Indian Civil Veterinary Department memoirs
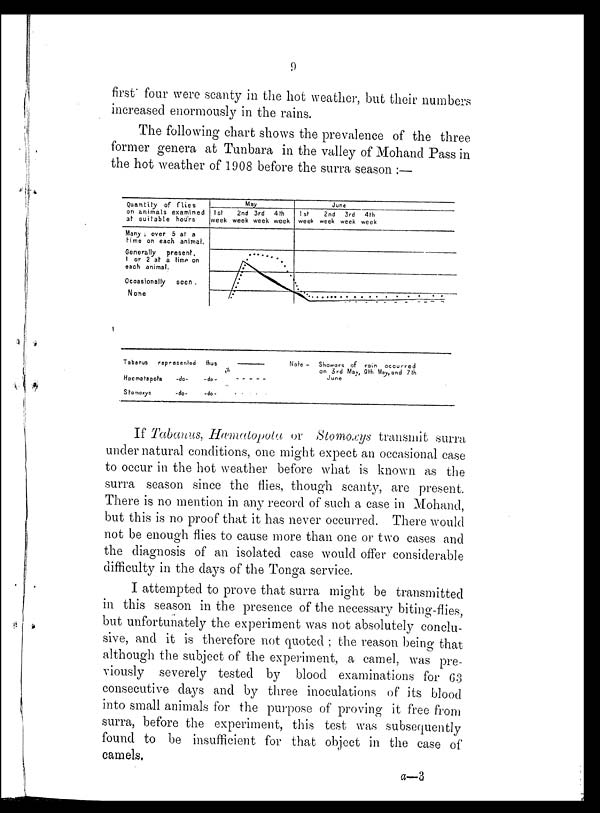
9
first four were scanty in the hot weather, but their numbers
increased enormously in the rains.
The following chart shows the prevalence of the three
former genera at Tunbara in the valley of Mohand Pass in
the hot weather of 1908 before the surra season :—
If Tabanus, Hæmatopota or Stomoxys transmit surra
under natural conditions, one might expect an occasional case
to occur in the hot weather before what is known as the
surra season since the flies, though scanty, are present.
There is no mention in any record of such a case in Mohand,
but this is no proof that it has never occurred. There would
not be enough flies to cause more than one or two cases and
the diagnosis of an isolated case would offer considerable
difficulty in the days of the Tonga service.
I attempted to prove that surra might be transmitted
in this season in the presence of the necessary biting-flies,
but unfortunately the experiment was not absolutely conclu-
sive, and it is therefore not quoted ; the reason being that
although the subject of the experiment, a camel, was pre-
viously severely tested by blood examinations for 63
consecutive days and by three inoculations of its blood
into small animals for the purpose of proving it free from
surra, before the experiment, this test was subsequently
found to be insufficient for that object in the case of
camels.
a—3